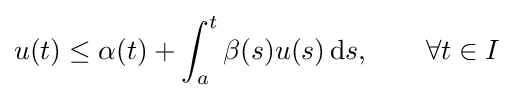
u(t)\leq \alpha (t)+\int _{a}^{t}\beta (s)u(s)\,\mathrm {d} s,\qquad \forall t\in I